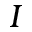
I